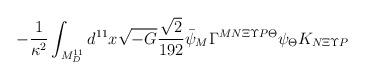
LaTeX: \begin{align*}-\frac{1}{\kappa^2} \int_{M^{11}_D} d^{11} x \sqrt{-G} \frac{\sqrt{2}}{192} \bar{\psi}_M \Gamma^{MN\Xi\Upsilon P \Theta} \psi_\Theta K_{N\Xi\Upsilon P}\end{align*}